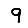
Digit: 9